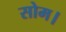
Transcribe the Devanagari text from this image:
सोम।